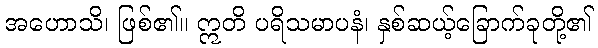
အဟောသိ၊ ဖြစ်၏။ ဣတိ ပရိသမာပနံ၊ နှစ်ဆယ့်ခြောက်ခုတို့၏